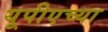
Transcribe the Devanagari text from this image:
यूपीएच्या